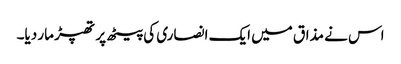
اس نے مذاق میں ایک انصاری کی پیٹھ پر تھپڑ مار دیا۔